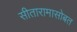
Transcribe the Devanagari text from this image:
सीतारामासोबत